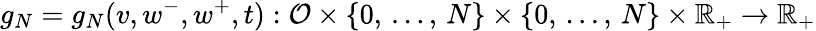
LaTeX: g_{N}=g_{N}(v,w^{-},w^{+},t):\mathcal{O}\times\{ 0,\, \dots,\, N\} \times\{ 0,\, \dots,\, N\} \times\mathbb{R}_{+}\to\mathbb{R}_{+}